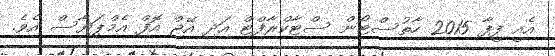
އެއީ ފީފާ 2015 ހާތުސްޓޯން ސްޓާކްރާފްޓް އަދި އޭޖް އޮފް އެމްޕަޔާސް އެވެ.